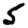
Digit: 5